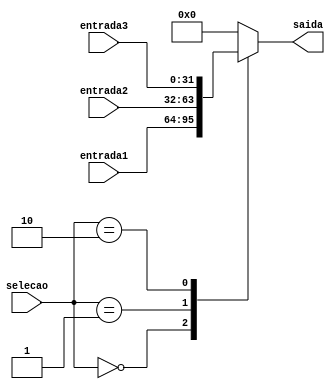
module Mux3 (
    selecao,
    entrada1,
    entrada2,
    entrada3,
    saida
);

input [1:0] selecao;
input [31:0] entrada1;
input [31:0] entrada2;
input [31:0] entrada3;

output reg [31:0] saida;

always @(*) begin
    case (selecao[1:0])
        2'b00: saida = entrada1;
        2'b01: saida = entrada2;
        2'b10: saida = entrada3;
        default: saida = 32'b0;
    endcase
end

endmodule